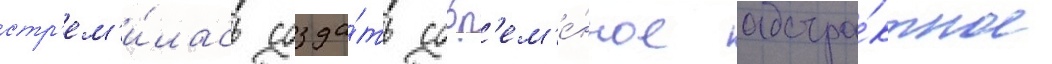
стр'ем'и́лась созда́ть совр'ем'е́нное абстра́ктное